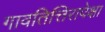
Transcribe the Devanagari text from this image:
गावतित्तिरापेक्षा